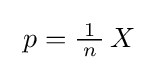
\ p={\tfrac {1}{\!\ n\!\ }}\!\ X~